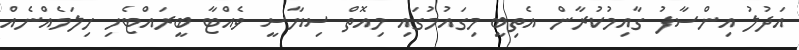
އަދުލު އިންސާފު ގާއިމުކުރާން އެތިބީ މިގައުމުގައި މިއޮތް ސިޔާސީ ވެއްޓާ ބީރައްޓެހި ހިލަމެއްނެއް